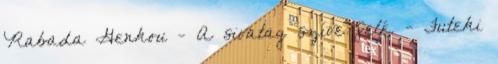
Rabada Genkou - A sivatag szíve felé. - Futeki